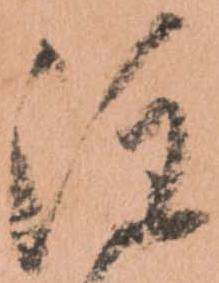
注